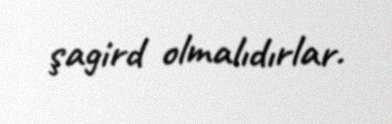
şagird olmalıdırlar.